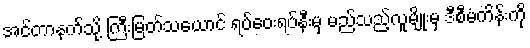
အင်တာနက်သို့ ကြီးမြတ်သယောင် ရပ်ဝေးရပ်နီးမှ မည်သည့်လူမျိုးမှ ဒီစီမံကိန်းကို